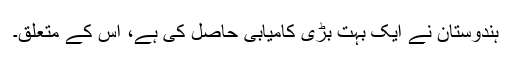
ہندوستان نے ایک بہت بڑی کامیابی حاصل کی ہے، اس کے متعلق۔